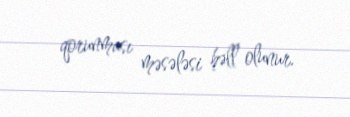
qorunması məsələsi həll olunur.